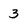
Character: 3